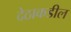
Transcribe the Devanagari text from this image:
देठाकडील